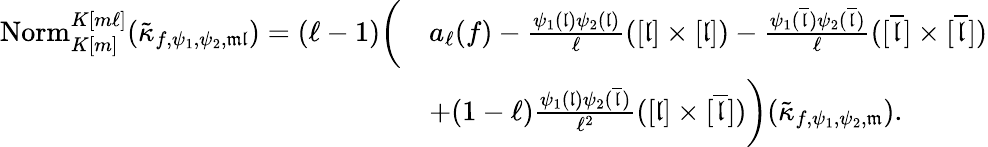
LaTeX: \begin{array}{rl}{\mathrm{Norm}_{K[m]}^{K[m\ell]}(\tilde{\kappa}_{f,\psi_{1},\psi_{2},\mathfrak{m}\mathfrak{l}})=(\ell-1)\bigg(}&{a_{\ell}(f)-\frac{\psi_{1}(\mathfrak{l})\psi_{2}(\mathfrak{l})}{\ell}([\mathfrak{l}]\times[\mathfrak{l}])-\frac{\psi_{1}(\overline{{\mathfrak{l}}})\psi_{2}(\overline{{\mathfrak{l}}})}{\ell}([\overline{{\mathfrak{l}}}]\times[\overline{{\mathfrak{l}}}])}\\ &{+(1-\ell)\frac{\psi_{1}(\mathfrak{l})\psi_{2}(\overline{{\mathfrak{l}}})}{\ell^{2}}([\mathfrak{l}]\times[\overline{{\mathfrak{l}}}])\bigg)(\tilde{\kappa}_{f,\psi_{1},\psi_{2},\mathfrak{m}}).}\end{array}